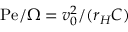
\mathrm { P e } / \Omega = v _ { 0 } ^ { 2 } / ( r _ { H } C )